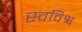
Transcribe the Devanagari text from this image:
स्वविश्व